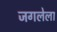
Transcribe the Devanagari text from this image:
जगलेला